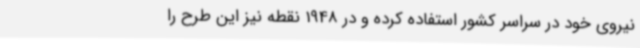
نیروی خود در سراسر کشور استفاده کرده و در 1948 نقطه نیز این طرح را